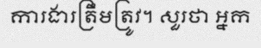
ការងារត្រឹមត្រូវ។ សួរថា អ្នក